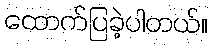
ထောက်ပြခဲ့ပါတယ်။